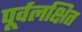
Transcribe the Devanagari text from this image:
पूर्वलक्षित